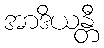
အာဒိယန္တီ